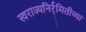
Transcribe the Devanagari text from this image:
स्वराज्यनिर्र्मितीच्या